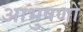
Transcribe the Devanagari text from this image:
आभुषणों